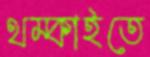
থম্‌কাইতে